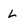
Character: l